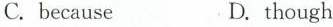
C.because D.though